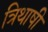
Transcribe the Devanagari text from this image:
त्रिथाषी